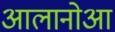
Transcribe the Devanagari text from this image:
आलानोआ